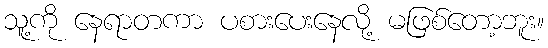
သူ့ကို နေရာတကာ ပစားပေးနေလို့ မဖြစ်တော့ဘူး။